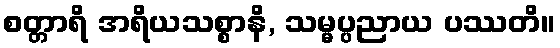
စတ္တာရိ အရိယသစ္စာနိ, သမ္မပ္ပညာယ ပဿတိ။